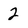
Character: 2